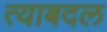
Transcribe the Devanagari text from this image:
त्याबदल